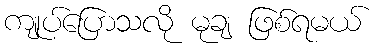
ကျုပ်ပြောသလို မုချ ဖြစ်ရမယ်